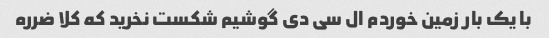
با یک بار زمین خوردم ال سی دی گوشیم شکست نخرید که کلا ضرره